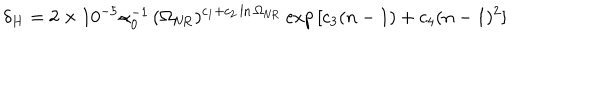
LaTeX: \delta _ { H } = 2 \times 1 0 ^ { - 5 } \alpha _ { 0 } ^ { - 1 } \, ( \Omega _ { \mathrm { N R } } ) ^ { c _ { 1 } + c _ { 2 } \ln \Omega _ { \mathrm { N R } } } \exp { [ c _ { 3 } ( n - 1 ) + c _ { 4 } ( n - 1 ) ^ { 2 } ] }